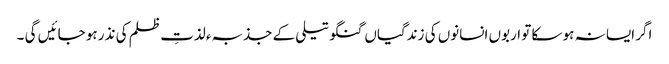
اگر ایسا نہ ہو سکا تو اربوں انسانوں کی زندگیاں گنگو تیلی کے جذبہء لذتِ ظلم کی نذر ہو جائیں گی ۔